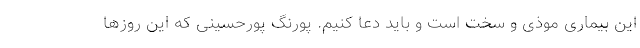
این بیماری موذی و سخت است و باید دعا کنیم. پورنگ پورحسینی که این روزها